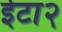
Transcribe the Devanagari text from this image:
ईटा२